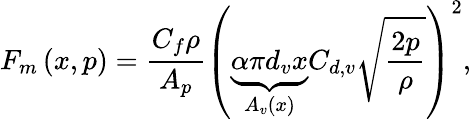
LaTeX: F_{m}\left(x,p\right)=\frac{C_{f}\rho}{A_{p}}\left(\underbrace{\alpha\pi d_{v}x}_{A_{v}\left(x\right)}C_{d,v}\sqrt{\frac{2p}{\rho}}\right)^{2},